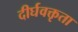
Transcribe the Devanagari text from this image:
दीर्घवक्तृता